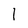
Character: 1